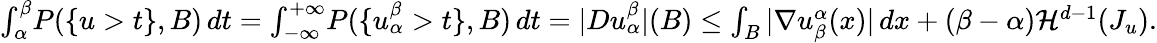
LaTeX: \begin{array}{r}{\int_{\alpha}^{\beta}\! P(\{ u>t\} ,B)\, dt=\int_{-\infty}^{+\infty}\! P(\{ u_{\alpha}^{\beta}>t\} ,B)\, dt=|Du_{\alpha}^{\beta}|(B)\leq\int_{B}|\nabla u_{\beta}^{\alpha}(x)|\, dx+(\beta-\alpha)\mathcal{H}^{d-1}(J_{u}).}\end{array}